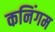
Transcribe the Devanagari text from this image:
कनिंगम